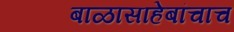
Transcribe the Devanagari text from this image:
बाळासाहेबांचाच